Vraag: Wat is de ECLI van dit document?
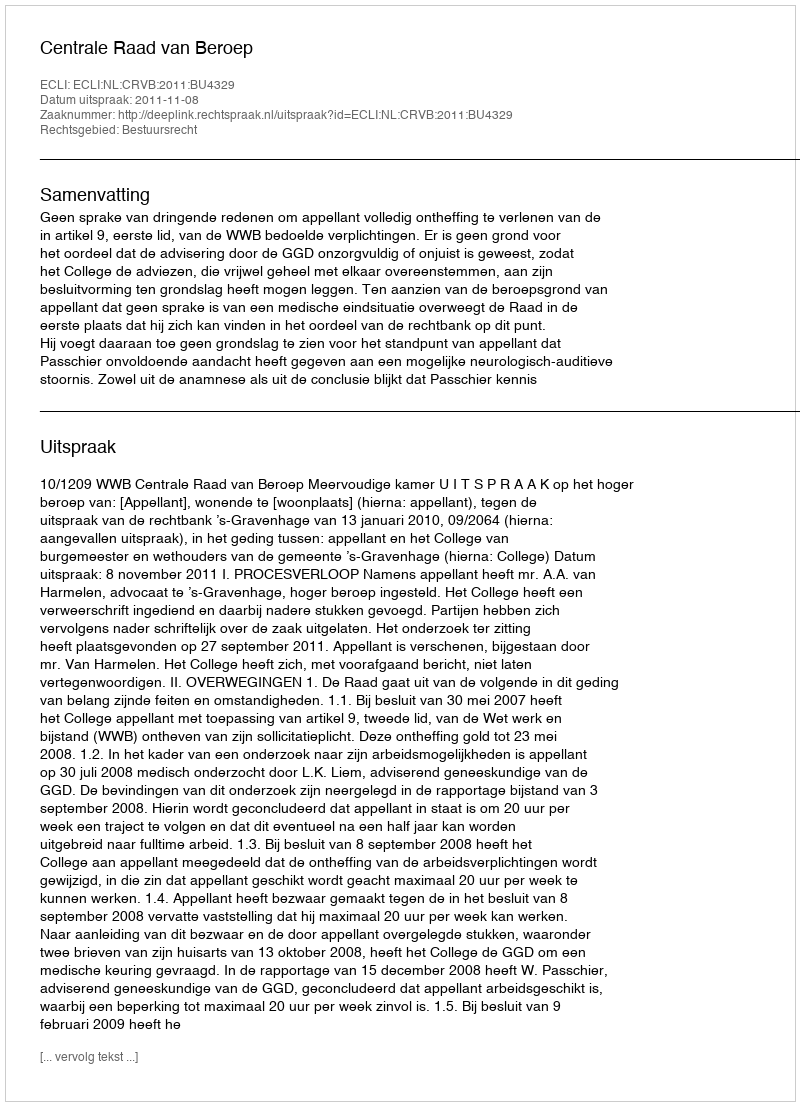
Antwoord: ECLI:NL:CRVB:2011:BU4329